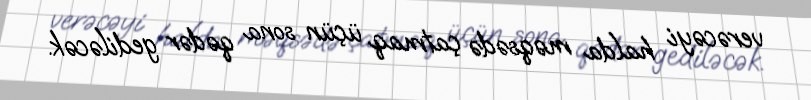
verəcəyi halda məqsədə çatmaq üçün sona qədər gediləcək.